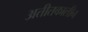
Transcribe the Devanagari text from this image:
अतीतकालीन